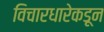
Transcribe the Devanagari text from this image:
विचारधारेकडून